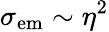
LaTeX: \sigma_{\mathrm{em}}\sim\eta^{2}